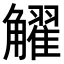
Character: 𧥋